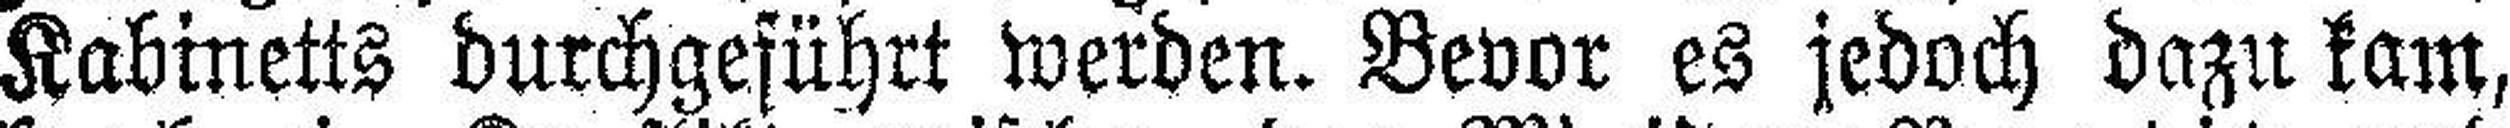
Kabinetts durchgeführt werden. Bevor es jedoch dazu kam,